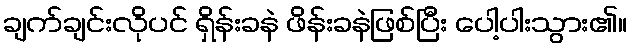
ချက်ချင်းလိုပင် ရှိန်းခနဲ ဖိန်းခနဲဖြစ်ပြီး ပေါ့ပါးသွား၏။